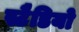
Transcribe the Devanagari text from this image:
स्टैडियो